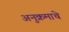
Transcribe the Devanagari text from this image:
अनुक्रमाचे